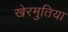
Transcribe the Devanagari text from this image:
खेरमुतिया